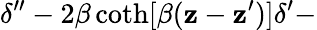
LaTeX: \delta^{\prime\prime}-2\beta\coth[\beta(\mathbf{z}-\mathbf{z}^{\prime})]\delta^{\prime}-